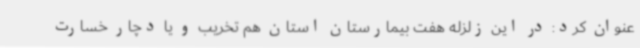
عنوان کرد: در این زلزله هفت بیمارستان استان هم تخریب و یا دچار خسارت